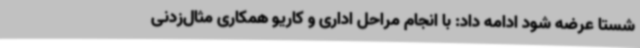
شستا عرضه شود ادامه داد: با انجام مراحل اداری و کاریو همکاری مثال‌زدنی